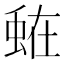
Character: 𮔒